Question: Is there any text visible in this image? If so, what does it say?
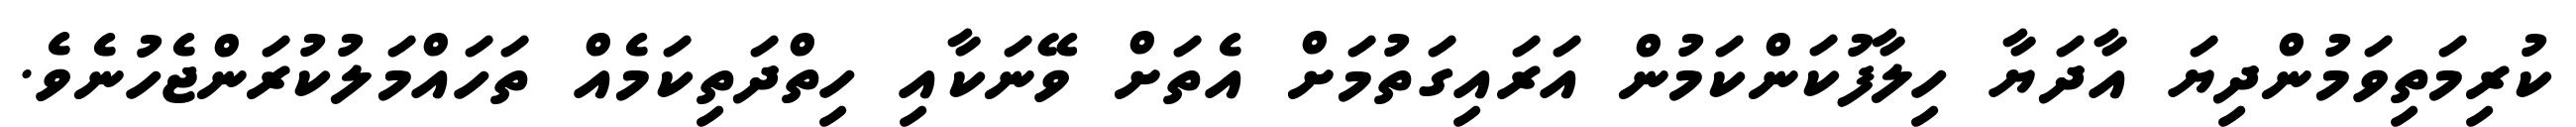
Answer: ކުރިމަތިވަމުންދިޔަ އާދަޔާ ހިލާފުކަންކަމުން އަރައިގަތުމަށް އެތަށް ވޭނަކާއި ހިތްދަތިކަމެއް ތަހައްމަލުކުރަންޖެހުނެވެ.